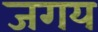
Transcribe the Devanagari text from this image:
जगय